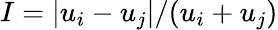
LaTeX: I=\lvert u_{i}-u_{j}\rvert/(u_{i}+u_{j})